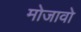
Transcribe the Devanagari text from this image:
मोजावो